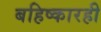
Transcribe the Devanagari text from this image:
बहिष्कारही